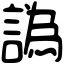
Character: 譌